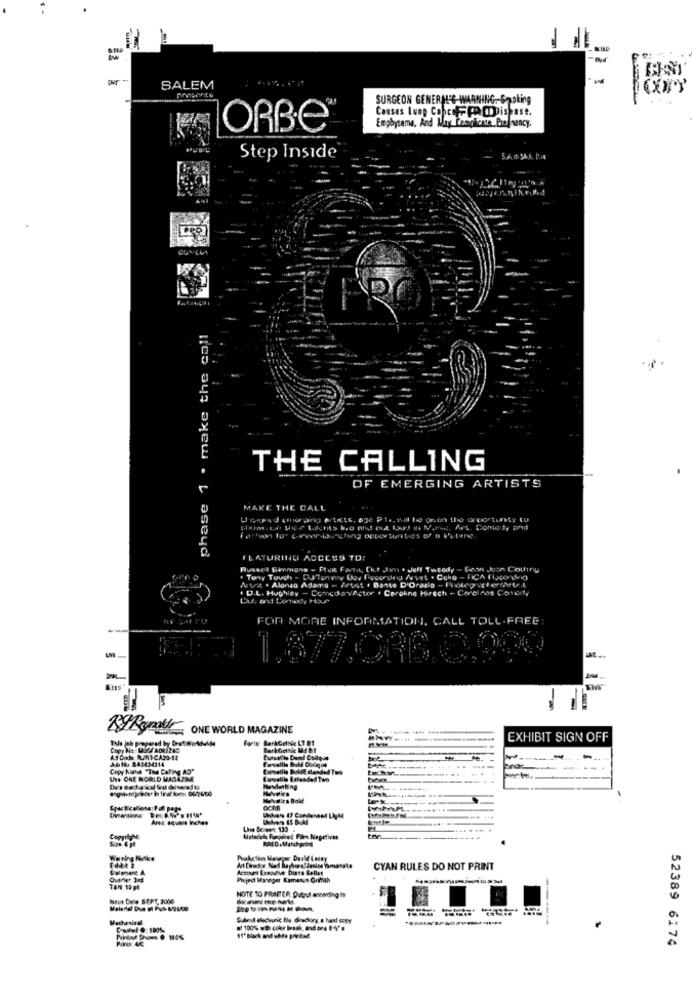
SALEM
COPY
SURGEON GENERAL'S-WARNING .- SODLing
Causes Lung Cofcof PP. Chispase.
Emphysema, And May Comoicann Pregnancy.
ORBE®
Step Inside
S.A. m. 5A.S. PJe
phase 1 . make the call
THE CALLING
OF EMERGING ARTISTS
MAKE THE CALL
Und ou ang ftete, 820 21 ., will ho onin the opportunity to
FEATURING ACCESS TO:
Russel Simmons - Flat Fatih, Cit Jon + Jeff Tweedy - Soon Jon Clothing
Tony Tough - Duftonmy Day Pocording Mist . Cuhe - FCA Hxcowy
Nuit . Alonea Adams - Fruit . Bante D'Orario - Proteggierfartrt
. D.L. Hughley - ComediavActor . Caroline Hirsch - Carolinas Conrody
Du, and Comedy Hour
FOR MORE INFORMATION, CALL TOLL-FREE
--
ONE WORLD MAGAZINE
Tale job prepared by bret
Foris: BerkGelnle LT BT
EXHIBIT SIGN OFF
AS Code AUJAT-CA30-42
J.6 Ho 849434314
Copy hans "The Caling AD"
Expoetily RolfE sanded Two
UNS ONE WORLD MAGATIME
Du's mechanical Wil delivered to
Lhe Sorgen 133 .
Copyright
Material Racked Fles Negativas
Warring Noke:
CYAN RULES DO NOT PRINT
Project Manager Kamerun Griffith
NOTE TO PRIFER: Oudinud ascending Is
Maus Dele SEPT, 2000
Submit electronic tie directory, a hard copy
-----
52389 6174